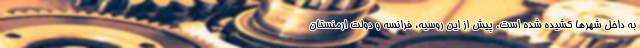
به داخل شهرها کشیده شده است. پیش از این روسیه، فرانسه و دولت ارمنستان